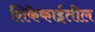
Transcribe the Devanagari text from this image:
शिकेकाईतील